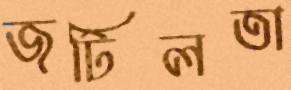
জটিলতা